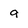
Character: 9